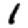
Digit: 1